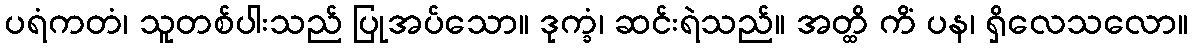
ပရံကတံ၊ သူတစ်ပါးသည် ပြုအပ်သော။ ဒုက္ခံ၊ ဆင်းရဲသည်။ အတ္ထိ ကိံ ပန၊ ရှိလေသလော။